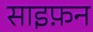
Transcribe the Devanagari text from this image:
साइफ़न